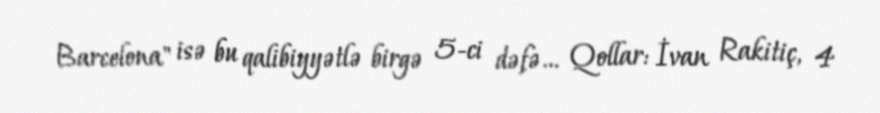
Barcelona" isə bu qalibiyyətlə birgə 5-ci dəfə... Qollar: İvan Rakitiç, 4